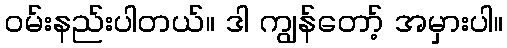
ဝမ်းနည်းပါတယ်။ ဒါ ကျွန်တော့် အမှားပါ။